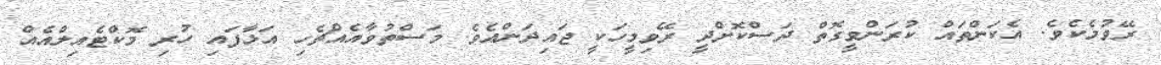
ރޭވުމެކެވެ. އެކަންތައް ކުރަންވީގޮތް ދަސްކޮށްދީ ރޭވިމީހަކީ ޖައިދަންއެވެ. މަސްތުވާއެއްޗެހި އަޅާފައި ހުރި މޮކްޓެއިލްއެއް